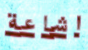
اشاعة